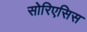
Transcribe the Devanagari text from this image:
सोरिएसिस